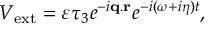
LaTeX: { \cal F } [ g ] = \int _ { \Sigma } \sqrt { g } \, - A ^ { 0 } = 0 ,